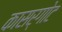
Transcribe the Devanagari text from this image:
कासर्गोट